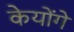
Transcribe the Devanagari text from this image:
केयोंगे